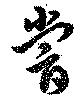
嘗